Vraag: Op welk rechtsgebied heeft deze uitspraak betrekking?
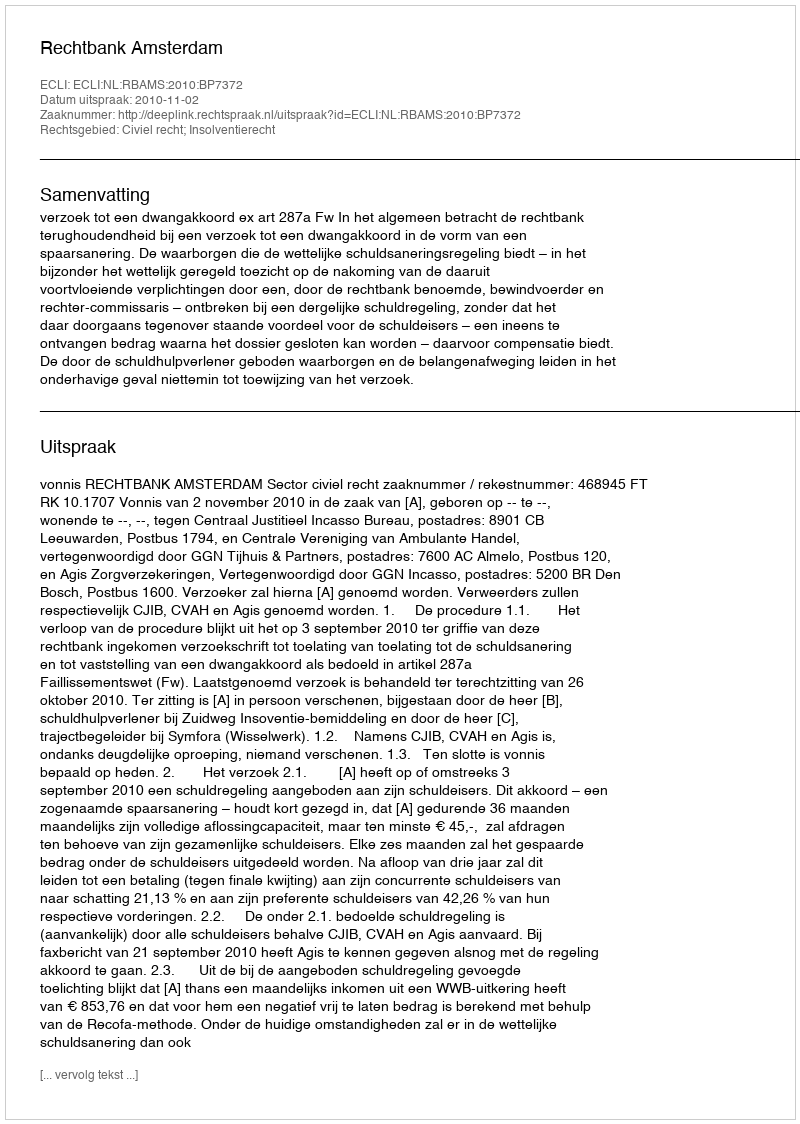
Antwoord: Civiel recht; Insolventierecht